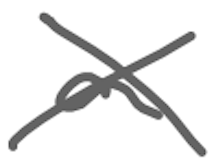
Text: a
Cross-out: cross
Writing tool: digital_gray